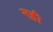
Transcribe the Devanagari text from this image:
नह़ी